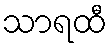
သာရထီ